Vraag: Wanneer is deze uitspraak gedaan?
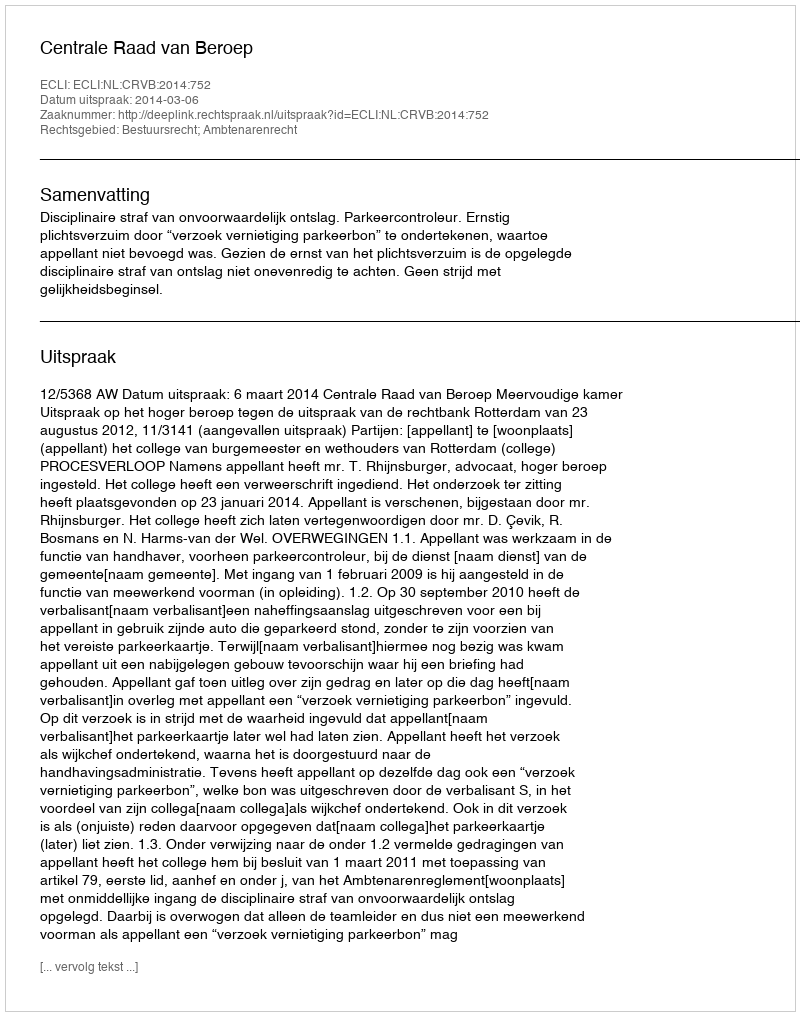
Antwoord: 2014-03-06